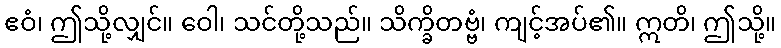
ဧဝံ၊ ဤသို့လျှင်။ ဝေါ၊ သင်တို့သည်။ သိက္ခိတဗ္ဗံ၊ ကျင့်အပ်၏။ ဣတိ၊ ဤသို့။